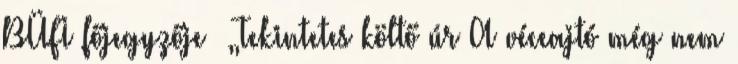
BÜFI főjegyzője „Tekintetes költő úr A véceajtó még nem